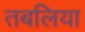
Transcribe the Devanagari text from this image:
तबलिया